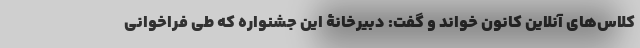
کلاس‌های آنلاین کانون خواند و گفت: دبیرخانۀ این جشنواره که طی فراخوانی